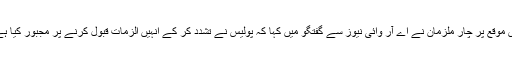
اس موقع پر چار ملزمان نے اے آر وائی نیوز سے گفتگو میں کہا کہ پولیس نے تشدد کر کے انہیں الزمات قبول کرنے پر مجبور کیا ہے۔